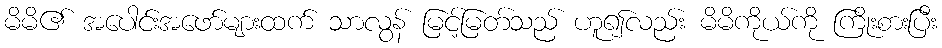
မိမိ၏ အပေါင်းအဖော်များထက် သာလွန် မြင့်မြတ်သည် ဟူ၍လည်း မိမိကိုယ်ကို ကြိုးစားပြီး